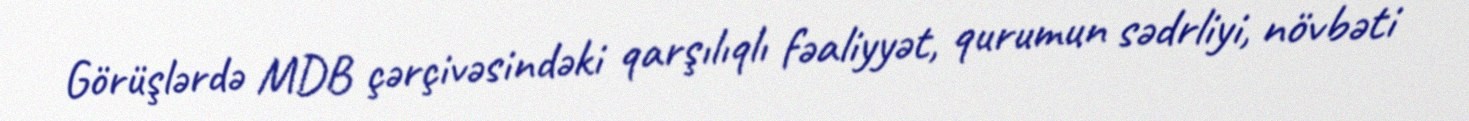
Görüşlərdə MDB çərçivəsindəki qarşılıqlı fəaliyyət, qurumun sədrliyi, növbəti